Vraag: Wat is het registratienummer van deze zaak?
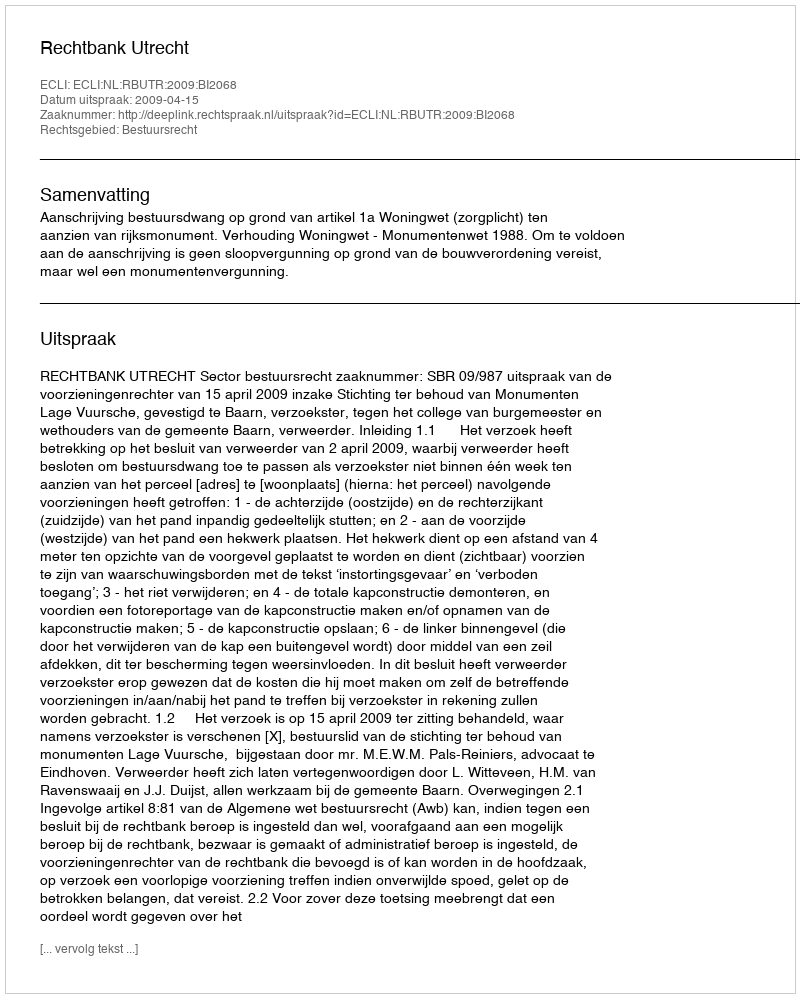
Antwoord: http://deeplink.rechtspraak.nl/uitspraak?id=ECLI:NL:RBUTR:2009:BI2068